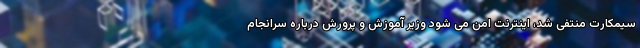
سیمکارت منتفی شد، اینترنت امن می شود وزیر آموزش و پرورش درباره سرانجام